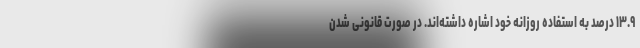
۱۳.۹ درصد به استفاده روزانه خود اشاره داشته‌اند. در صورت قانونی شدن